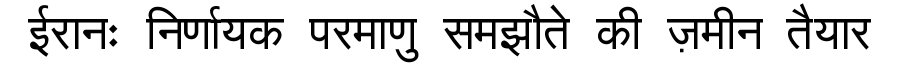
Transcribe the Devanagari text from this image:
ईरानः निर्णायक परमाणु समझौते की ज़मीन तैयार